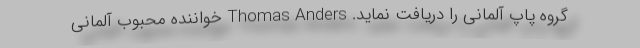
گروه پاپ آلمانی را دریافت نماید. Thomas Anders خواننده محبوب آلمانی